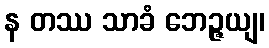
န တဿ သာခံ ဘေဉ္ဇယျ၊